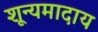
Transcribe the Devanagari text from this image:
शून्यमादाय